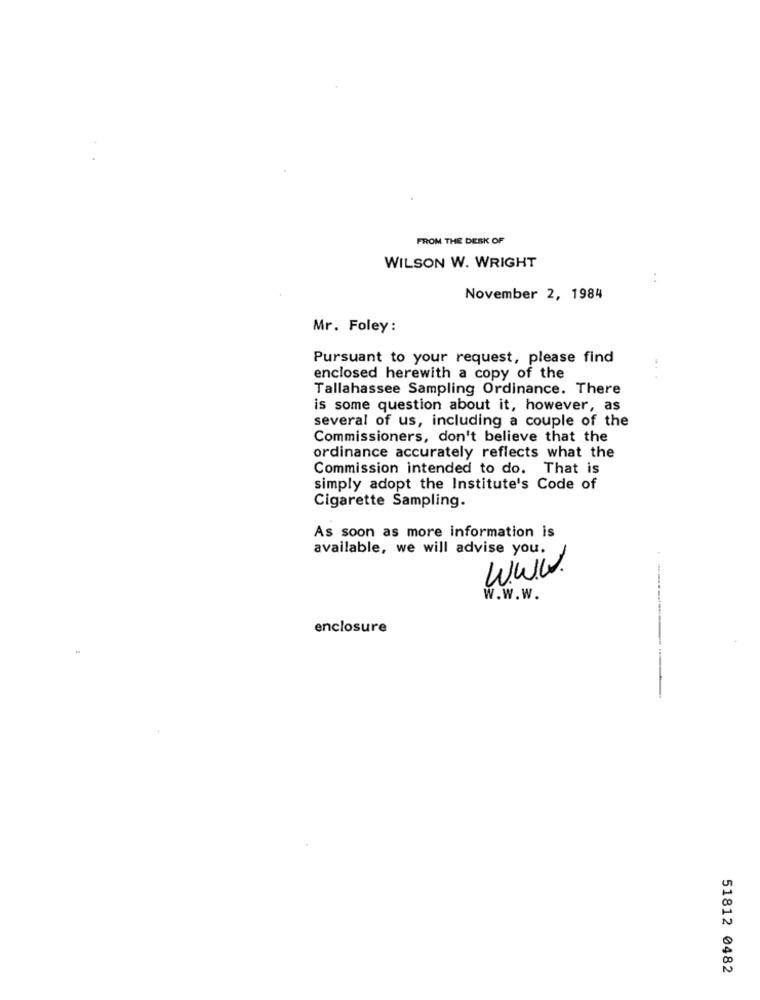
FROM THE DESK OF
WILSON W. WRIGHT
:
November 2, 1984
Mr. Foley:
Pursuant to your request, please find
..
enclosed herewith a copy of the
Tallahassee Sampling Ordinance. There
is some question about it, however, as
several of us, including a couple of the
Commissioners, don't believe that the
ordinance accurately reflects what the
Commission intended to do. That is
simply adopt the Institute's Code of
Cigarette Sampling.
As soon as more information is
available, we will advise you.
Www.
w.w.w.
enclosure
51812 0482